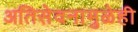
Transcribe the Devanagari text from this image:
अतिसेवनामुळेही